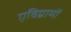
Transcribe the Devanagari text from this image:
एविग्रामों